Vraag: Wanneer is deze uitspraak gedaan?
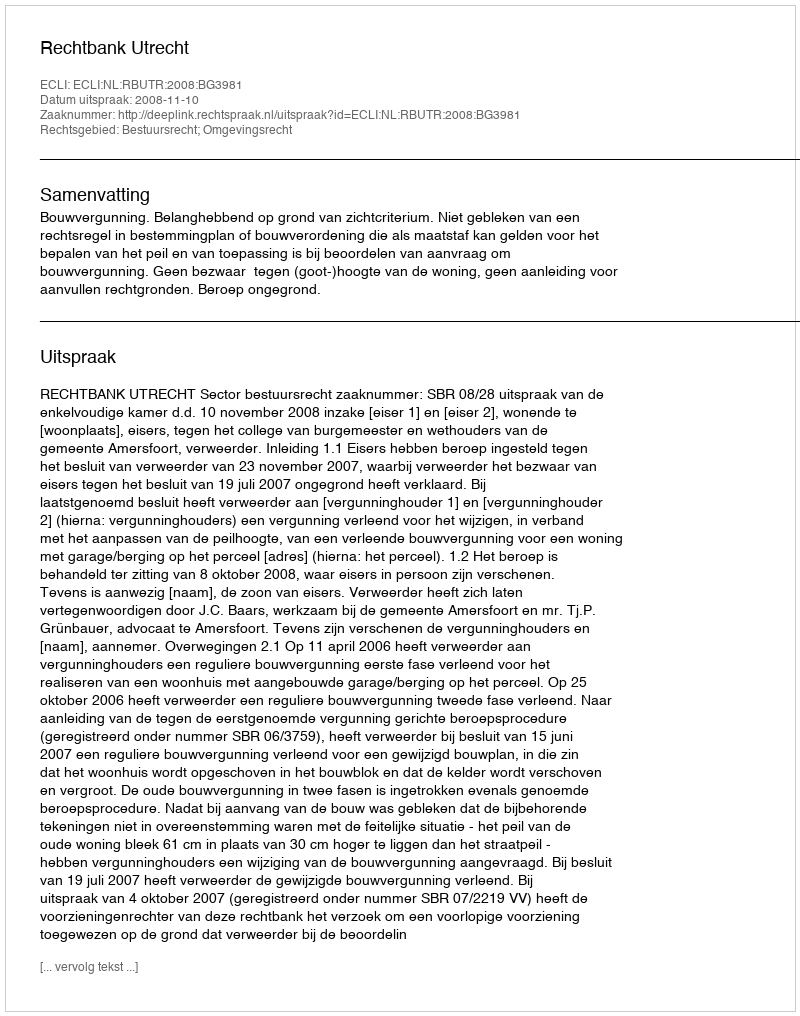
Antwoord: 2008-11-10